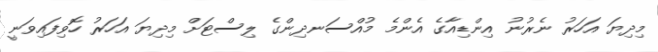
މިދިޔަ އަހަރު ނެރުނު އިންޑިއާގެ އެންމެ މުއްސަނދިންގެ ލިސްޓަށް މިދިޔަ އަހަރު ހޮވިފައިވަނީ